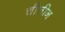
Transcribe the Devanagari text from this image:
चीतीन